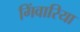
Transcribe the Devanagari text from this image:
गिंवारिया